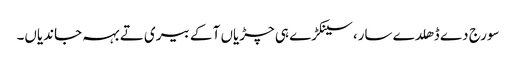
سورج دے ڈھلدے سار، سینکڑے ہی چڑیاں آ کے بیری تے بہہ جاندیاں۔